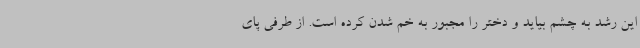
این رشد به چشم بیاید و دختر را مجبور به خم شدن کرده است. از طرفی پای